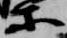
等